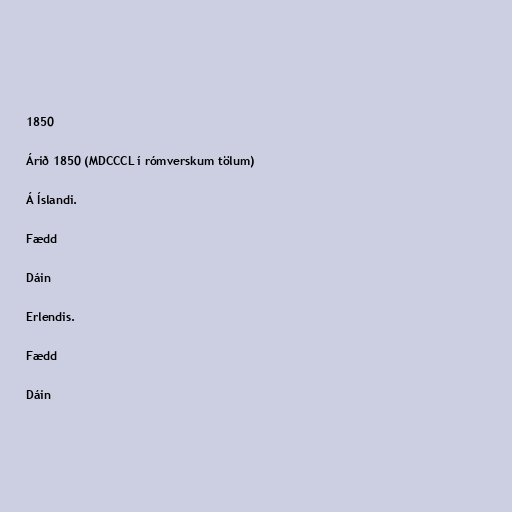
1850

Árið 1850 (MDCCCL í rómverskum tölum)

Á Íslandi.

Fædd

Dáin

Erlendis.

Fædd

Dáin